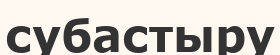
субастыру